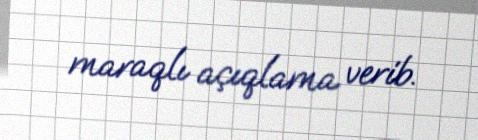
maraqlı açıqlama verib.